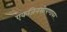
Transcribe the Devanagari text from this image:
एकजिनसीपणावर